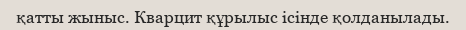
қатты жыныс. Кварцит құрылыс ісінде қолданылады.